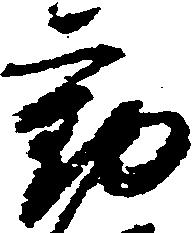
勧